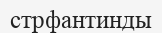
стрфантинды